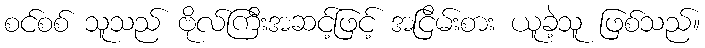
စင်စစ် သူသည် ဗိုလ်ကြီးအဆင့်ဖြင့် အငြိမ်းစား ယူခဲ့သူ ဖြစ်သည်။